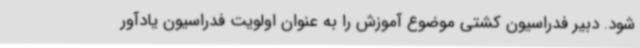
شود. دبیر فدراسیون کشتی موضوع آموزش را به عنوان اولویت فدراسیون یادآور